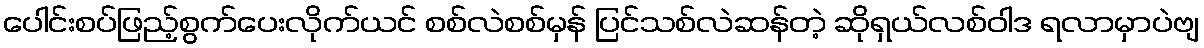
ပေါင်းစပ်ဖြည့်စွက်ပေးလိုက်ယင် စစ်လဲစစ်မှန် ပြင်သစ်လဲဆန်တဲ့ ဆိုရှယ်လစ်ဝါဒ ရလာမှာပဲဗျ